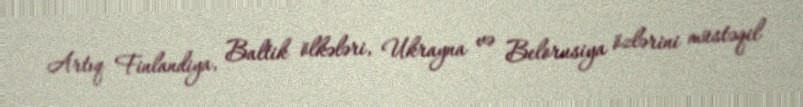
Artıq Finlandiya, Baltik ölkələri, Ukrayna və Belorusiya özlərini müstəqil